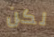
لكن